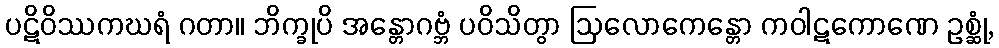
ပဋိဝိဿကဃရံ ဂတာ။ ဘိက္ခုပိ အန္တောဂဗ္ဘံ ပဝိသိတွာ ဩလောကေန္တော ကဝါဋကောဏေ ဥစ္ဆုံ,